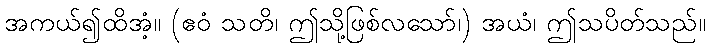
အကယ်၍ထိအံ့။ (ဧဝံ သတိ၊ ဤသို့ဖြစ်လသော်၊) အယံ၊ ဤသပိတ်သည်။